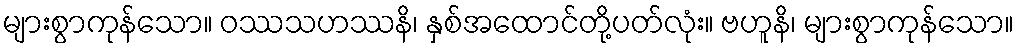
များစွာကုန်သော။ ဝဿသဟဿနိ၊ နှစ်အထောင်တို့ပတ်လုံး။ ဗဟူနိ၊ များစွာကုန်သော။